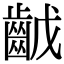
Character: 𪗥